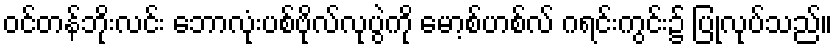
ဝင်တန်ဘိုးလင်း ဘောလုံးပစ်ဗိုလ်လုပွဲကို မော့စ်ဟစ်လ် ဂရင်းကွင်း၌ ပြုလုပ်သည်။